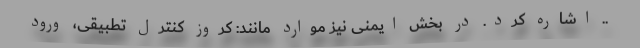
.. اشاره کرد. در بخش ایمنی نیز موارد مانند: کروز کنترل تطبیقی، ورود